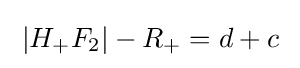
\;|H_{+}F_{2}|-R_{+}=d+c\;